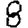
Digit: 8